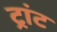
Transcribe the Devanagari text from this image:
ट्रांट